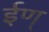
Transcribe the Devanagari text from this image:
ईण्